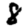
Digit: 8